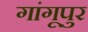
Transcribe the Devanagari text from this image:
गांगूपुर